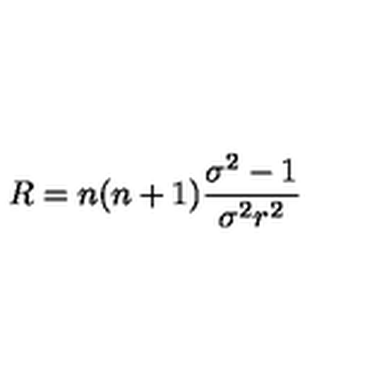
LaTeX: R = n ( n + 1 ) \frac { \sigma ^ { 2 } - 1 } { \sigma ^ { 2 } r ^ { 2 } }